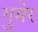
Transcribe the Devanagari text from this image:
गुमेर